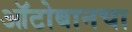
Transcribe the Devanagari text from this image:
ऑटोबानचा